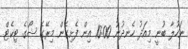
ނަހުލާ ބުނީ މިއަދު ހެނދުނު 10:00 އިން ފެށިގެން މިރޭގެ ޝޯގެ ޓިކެޓް